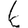
Digit: 6